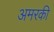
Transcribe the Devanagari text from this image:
अमरकी